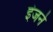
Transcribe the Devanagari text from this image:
इंजने